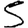
Digit: 5